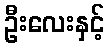
ဦးလေးနှင့်